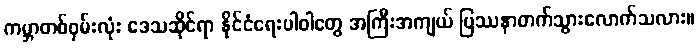
ကမ္ဘာတစ်ဝှမ်းလုံး ဒေသဆိုင်ရာ နိုင်ငံရေးပါဝါတွေ အကြီးအကျယ် ပြဿနာတက်သွားလောက်သလား။